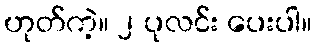
ဟုတ်ကဲ့။ ၂ ပုလင်း ပေးပါ။